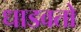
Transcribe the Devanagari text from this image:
धाडवतो